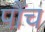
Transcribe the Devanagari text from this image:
पौंच